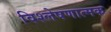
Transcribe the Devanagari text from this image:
विश्‍लेषणात्‍मक